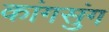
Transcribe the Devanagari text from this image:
कांगसुंग